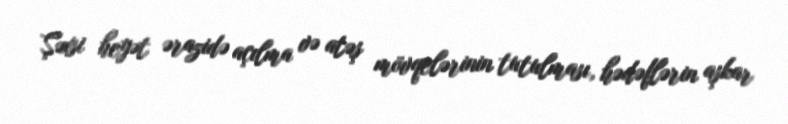
Şəxsi heyət ərazidə açılma və atəş mövqelərinin tutulması, hədəflərin aşkar